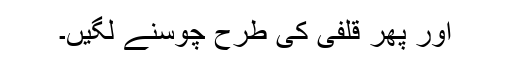
اور پھر قلفی کی طرح چوسنے لگیں۔